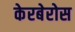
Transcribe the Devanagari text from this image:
केरबेरोस